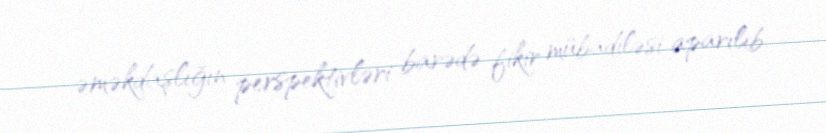
əməkdaşlığın perspektivləri barədə fikir mübadiləsi aparılıb.